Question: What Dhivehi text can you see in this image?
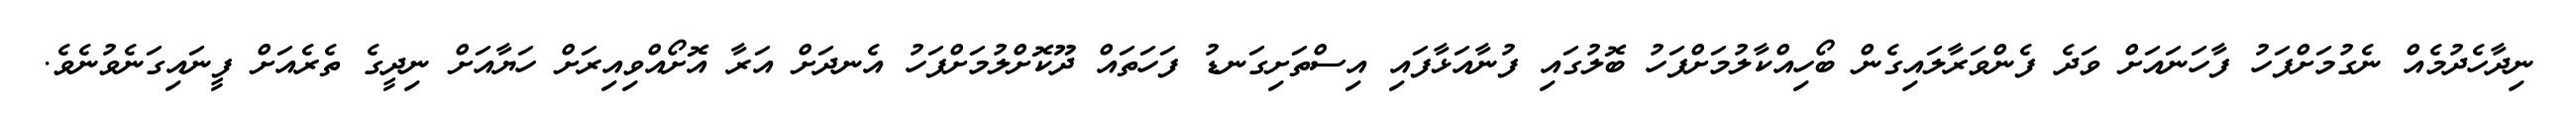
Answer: ނިދާހެދުމެއް ނެގުމަށްފަހު ފާހަނައަށް ވަދެ ފެންވަރާލައިގެން ބޯހިއްކާލުމަށްފަހު ބޮލުގައި ފުނާއަޅާފައި އިސްތަށިގަނޑު ފަހަތައް ދޫކޮށްލުމަށްފަހު އެނދަށް އަރާ އޮށޯއްވިއިރަށް ހަޔާއަށް ނިދީގެ ތެރެއަށް ފީނައިގަނެވުނެވެ.